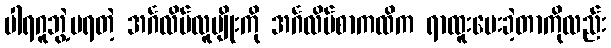
ပါရဂူဘွဲ့မရတဲ့ အင်္ဂလိပ်လူမျိုးကို အင်္ဂလိပ်စာကထိက ရာထူးပေးခဲ့တာကိုလည်း